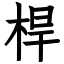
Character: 桿